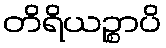
တိရိယဉ္စာပိ